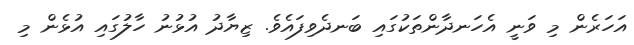
އަހަރެން މި ވަނީ އެހަނދާންތަކުގައި ބަނދެވިފައެވެ. ޒިޔާދު އުޅުނު ހާލުގައި އުޅެން މި